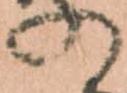
の